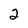
Character: 2